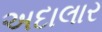
અદાલાર